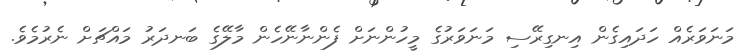
މަނަވަރެއް ހަދައިގެން އިނގިރޭސި މަނަވަރުގެ މީހުންނަށް ފެންނާނޭހެން މާލޭގެ ބަނދަރު މައްޗަށް ނެރުމެވެ.